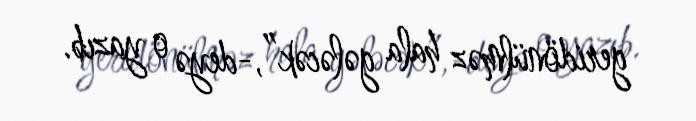
geridönülməz hala gələcək”,-deyə o yazıb.